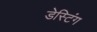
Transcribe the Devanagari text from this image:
डेस्टिंग